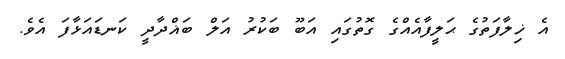
އެ ޚިލާފަތުގެ ޙަލީފާއެއްގެ ގޮތުގައި އަބޫ ބަކުރު އަލް ބަޣްދާދީ ކަނޑައަޅާފަ އެވެ.